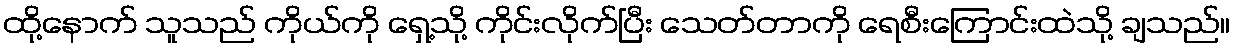
ထို့နောက် သူသည် ကိုယ်ကို ရှေ့သို့ ကိုင်းလိုက်ပြီး သေတ်တာကို ရေစီးကြောင်းထဲသို့ ချသည်။